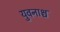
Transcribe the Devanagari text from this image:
युवनाश्च